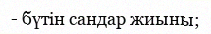
- бүтін сандар жиыны;